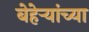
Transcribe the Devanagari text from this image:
बेहेर्‍यांच्या